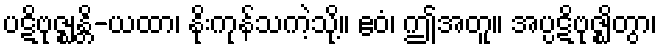
ပဋိဗုဇ္ဈန္တိ-ယထာ၊ နိုးကုန်သကဲ့သို့။ ဧဝံ၊ ဤအတူ။ အပ္ပဋိဗုဇ္ဈိတွာ၊